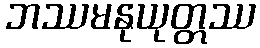
ဘဿမနုယုတ္တဿ